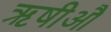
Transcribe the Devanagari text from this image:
ॠषीऔ